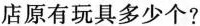
店原有玩具多少个?